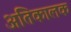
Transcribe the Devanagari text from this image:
अतिकालक